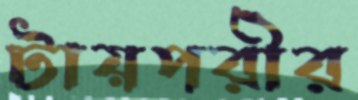
টায়পরীর